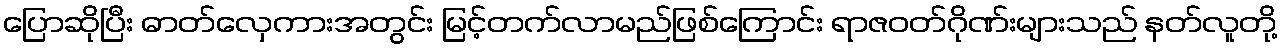
ပြောဆိုပြီး ဓာတ်လှေကားအတွင်း မြင့်တက်လာမည်ဖြစ်ကြောင်း ရာဇဝတ်ဂိုဏ်းများသည် နတ်လူတို့